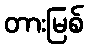
တားမြစ်